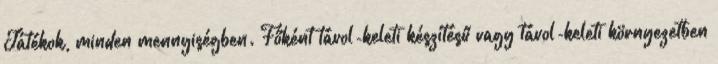
Játékok, minden mennyiségben. Főként távol-keleti készítésű vagy távol-keleti környezetben